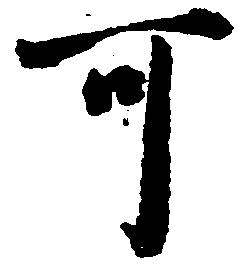
可